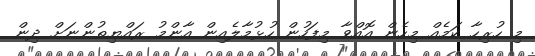
މި ހުރިހާ ކަމެއް މިހެން އޮއްވާ މިފަހުން ހުޅުމާލެއިން އާންމު ރައްޔިތުންނަށް ދިން